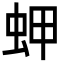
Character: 䖬